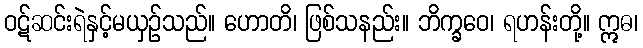
ဝဋ်ဆင်းရဲနှင့်မယှဉ်သည်။ ဟောတိ၊ ဖြစ်သနည်း။ ဘိက္ခဝေ၊ ရဟန်းတို့။ ဣဓ၊